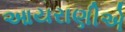
આયરાણીએ